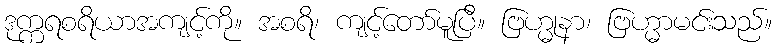
ဒုက္ကရစရိယာအကျင့်ကို။ အစရိ၊ ကျင့်တော်မူပြီ။ ဗြဟ္မုနာ၊ ဗြဟ္မာမင်းသည်။